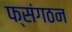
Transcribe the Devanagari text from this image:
फ्संगठन